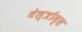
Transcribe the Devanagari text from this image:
वेल्त्रौम्स